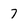
Character: 7